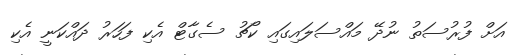
އަށް ފުރުސަތު ނުދޭ މައްސަލައިގައި ކޯޗު ސެގާޓް އެކި ފަހަރު ދައްކަނީ އެކި